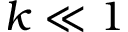
k \ll 1